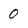
Character: 0